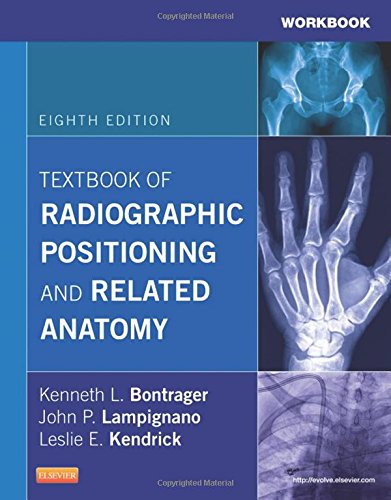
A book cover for Workbook for Textbook of Radiographic Positioning and Related Anatomy, 8e; Kenneth L. Bontrager MA  RT(R); Medical Books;